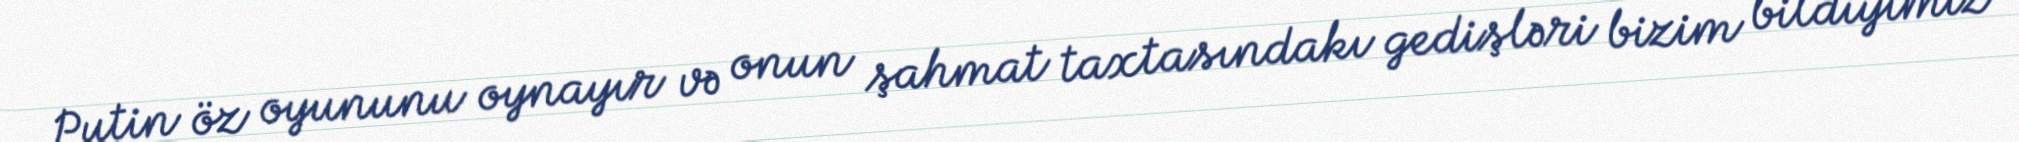
Putin öz oyununu oynayır və onun şahmat taxtasındakı gedişləri bizim bildiyimiz